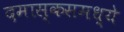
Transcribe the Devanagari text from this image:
दमास्कसमध्ये